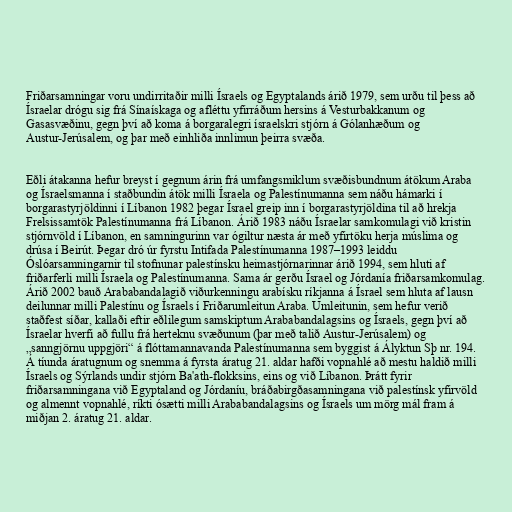
Friðarsamningar voru undirritaðir milli Ísraels og Egyptalands árið 1979, sem urðu til þess að
Ísraelar drógu sig frá Sínaískaga og afléttu yfirráðum hersins á Vesturbakkanum og
Gasasvæðinu, gegn því að koma á borgaralegri ísraelskri stjórn á Gólanhæðum og
Austur-Jerúsalem, og þar með einhliða innlimun þeirra svæða.

Eðli átakanna hefur breyst í gegnum árin frá umfangsmiklum svæðisbundnum átökum Araba
og Ísraelsmanna í staðbundin átök milli Ísraela og Palestínumanna sem náðu hámarki í
borgarastyrjöldinni í Líbanon 1982 þegar Ísrael greip inn í borgarastyrjöldina til að hrekja
Frelsissamtök Palestínumanna frá Líbanon. Árið 1983 náðu Ísraelar samkomulagi við kristin
stjórnvöld í Líbanon, en samningurinn var ógiltur næsta ár með yfirtöku herja múslima og
drúsa í Beirút. Þegar dró úr fyrstu Intifada Palestínumanna 1987–1993 leiddu
Óslóarsamningarnir til stofnunar palestínsku heimastjórnarinnar árið 1994, sem hluti af
friðarferli milli Ísraela og Palestínumanna. Sama ár gerðu Ísrael og Jórdanía friðarsamkomulag.
Árið 2002 bauð Arababandalagið viðurkenningu arabísku ríkjanna á Ísrael sem hluta af lausn
deilunnar milli Palestínu og Ísraels í Friðarumleitun Araba. Umleitunin, sem hefur verið
staðfest síðar, kallaði eftir eðlilegum samskiptum Arababandalagsins og Ísraels, gegn því að
Ísraelar hverfi að fullu frá herteknu svæðunum (þar með talið Austur-Jerúsalem) og
„sanngjörnu uppgjöri“ á flóttamannavanda Palestínumanna sem byggist á Ályktun Sþ nr. 194.
Á tíunda áratugnum og snemma á fyrsta áratug 21. aldar hafði vopnahlé að mestu haldið milli
Ísraels og Sýrlands undir stjórn Ba'ath-flokksins, eins og við Líbanon. Þrátt fyrir
friðarsamningana við Egyptaland og Jórdaníu, bráðabirgðasamningana við palestínsk yfirvöld
og almennt vopnahlé, ríkti ósætti milli Arababandalagsins og Ísraels um mörg mál fram á
miðjan 2. áratug 21. aldar.